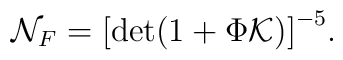
{\cal N}_F= \bigl[ {\rm det}(1 + \Phi {\cal K})\bigr]^{-5}.